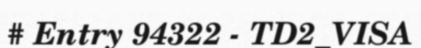
# Entry 94322 - TD2_VISA